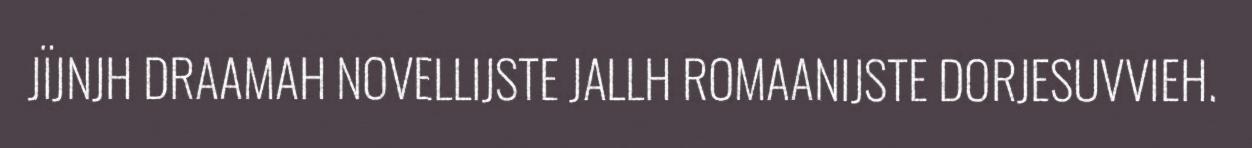
JÏJNJH DRAAMAH NOVELLIJSTE JALLH ROMAANIJSTE DORJESUVVIEH.